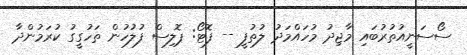
ސޯސަނީއުތުރުބައި މާޖިދު މުހައްމަދު ލުތުފީ -- ފޮޓޯ: ޕޮލިސް ފުލުހުން ތަހުގީގު ކުރަމުންދާ